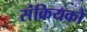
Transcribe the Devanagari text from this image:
संक्रियकों